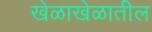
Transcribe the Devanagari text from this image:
खेळाखेळातील